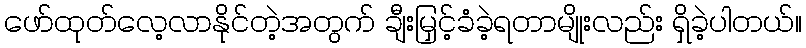
ဖော်ထုတ်လေ့လာနိုင်တဲ့အတွက် ချီးမြှင့်ခံခဲ့ရတာမျိုးလည်း ရှိခဲ့ပါတယ်။